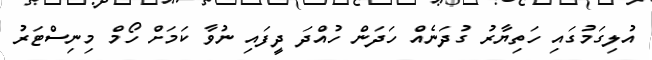
އުލިގަމުގައި ހަތިޔާރު ގުދަނެއް ހަދަން ހުއްދަ ދީފައި ނުވާ ކަމަށް ހޯމް މިނިސްޓަރު